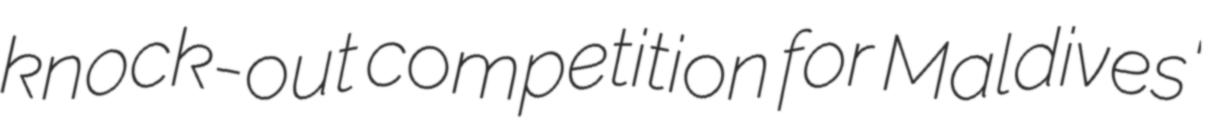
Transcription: knock-out competition for Maldives'